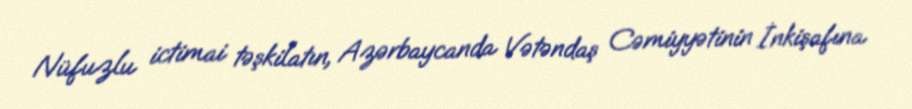
Nüfuzlu ictimai təşkilatın, Azərbaycanda Vətəndaş Cəmiyyətinin İnkişafına